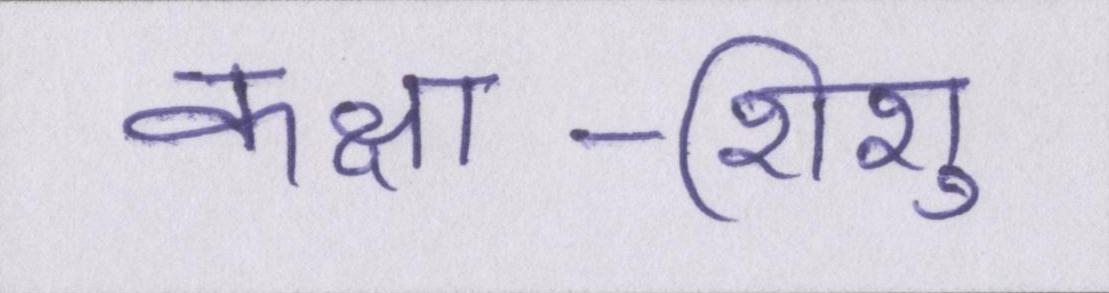
कक्षा-शिशु